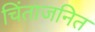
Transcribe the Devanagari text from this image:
चिंताजनित